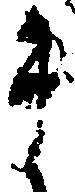
ま